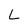
Character: L